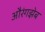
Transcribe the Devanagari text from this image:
औरंगझेब